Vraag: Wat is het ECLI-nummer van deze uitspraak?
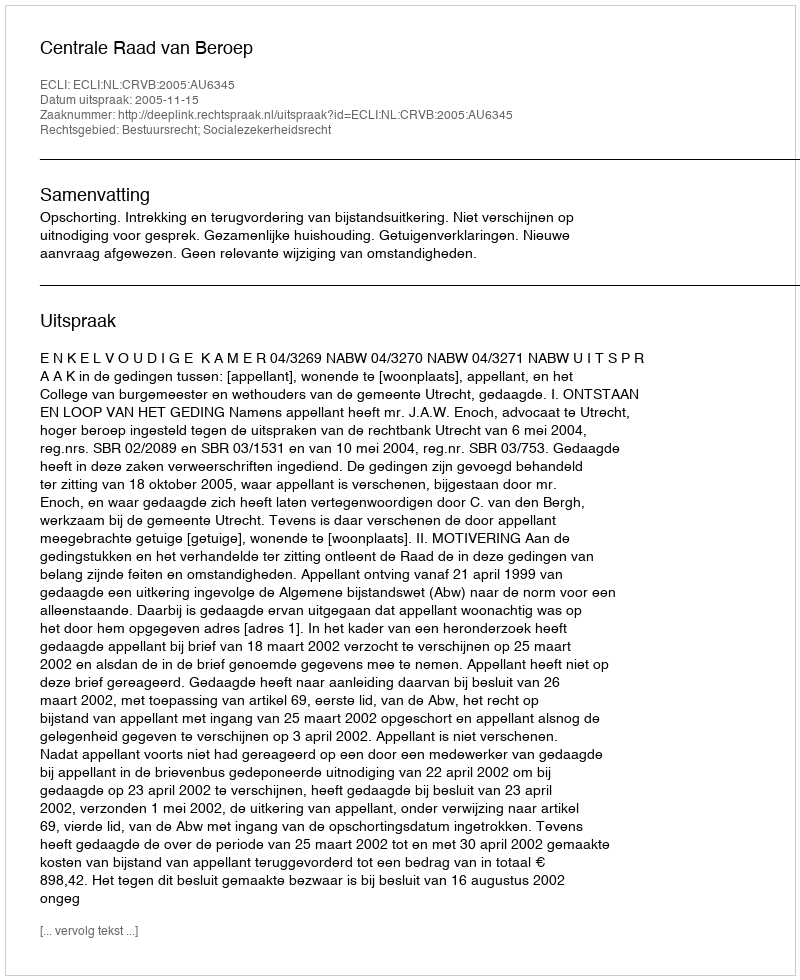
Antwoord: ECLI:NL:CRVB:2005:AU6345